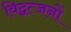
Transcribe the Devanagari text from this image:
विद्वत्जनों